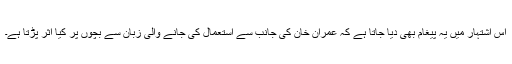
اس اشتہار میں یہ پیغام بھی دیا جاتا ہے کہ عمران خان کی جانب سے استعمال کی جانے والی زبان سے بچوں پر کیا اثر پڑتا ہے۔